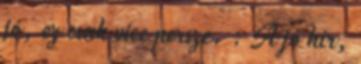
jó, ez csak vicc persze. : A jó hír,